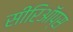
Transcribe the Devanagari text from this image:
सीरिऑप्स